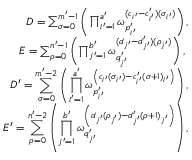
\begin{array} { r } { D = \sum _ { \sigma = 0 } ^ { m ^ { \prime } - 1 } \left( \prod _ { i ^ { \prime } = 1 } ^ { a ^ { \prime } } \omega _ { p _ { i ^ { \prime } } ^ { \prime } } ^ { ( c _ { i ^ { \prime } } - c _ { i ^ { \prime } } ^ { \prime } ) ( \sigma _ { i ^ { \prime } } ) } \right) , } \\ { E = \sum _ { \rho = 0 } ^ { n ^ { \prime } - 1 } \left( \prod _ { j ^ { \prime } = 1 } ^ { b ^ { \prime } } \omega _ { q _ { j ^ { \prime } } ^ { \prime } } ^ { ( d _ { j ^ { \prime } } - d _ { j ^ { \prime } } ^ { \prime } ) ( \rho _ { j ^ { \prime } } ) } \right) , ~ } \\ { D ^ { \prime } = \displaystyle \sum _ { \sigma = 0 } ^ { m ^ { \prime } - 2 } \left( \prod _ { i ^ { \prime } = 1 } ^ { a ^ { \prime } } \omega _ { p _ { i ^ { \prime } } ^ { \prime } } ^ { \left( c _ { i ^ { \prime } } ( \sigma _ { i ^ { \prime } } ) - c _ { i ^ { \prime } } ^ { \prime } \left( \sigma + 1 \right) _ { i ^ { \prime } } \right) } \right) , } \\ { E ^ { \prime } = \displaystyle \sum _ { \rho = 0 } ^ { n ^ { \prime } - 2 } \left( \prod _ { j ^ { \prime } = 1 } ^ { b ^ { \prime } } \omega _ { q _ { j ^ { \prime } } ^ { \prime } } ^ { \left( d _ { j ^ { \prime } } ( \rho _ { j ^ { \prime } } ) - d _ { j ^ { \prime } } ^ { \prime } \left( \rho + 1 \right) _ { j ^ { \prime } } \right) } \right) , } \end{array}